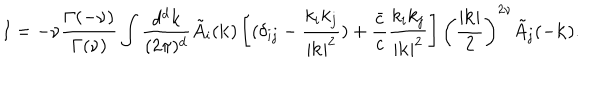
I = - \nu { \frac { \Gamma ( - \nu ) } { \Gamma ( \nu ) } } \int { \frac { d ^ { d } k } { ( 2 \pi ) ^ { d } } } \tilde { A } _ { i } ( { \bf k } ) \left[ ( \delta _ { i j } - { \frac { k _ { i } k _ { j } } { | { \bf k } | ^ { 2 } } } ) + { \frac { \bar { c } } { c } } { \frac { k _ { i } k _ { j } } { | { \bf k } | ^ { 2 } } } \right] \left( { \frac { | { \bf k } | } { 2 } } \right) ^ { 2 \nu } \tilde { A } _ { j } ( - { \bf k } ) .